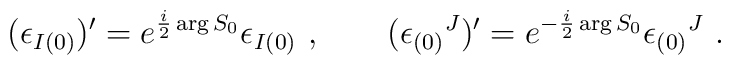
(\epsilon _{I(0)})  ' = e^{{i\over 2} \arg S_0} \epsilon _{I(0)} \ , \qquad(\epsilon _{(0)}{}^J)  ' = e^{- { i\over 2} \arg S_0} \epsilon _{(0)}{}^J \ .